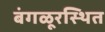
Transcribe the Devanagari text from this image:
बंगळूरस्थित